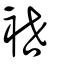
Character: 袣